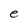
Character: e